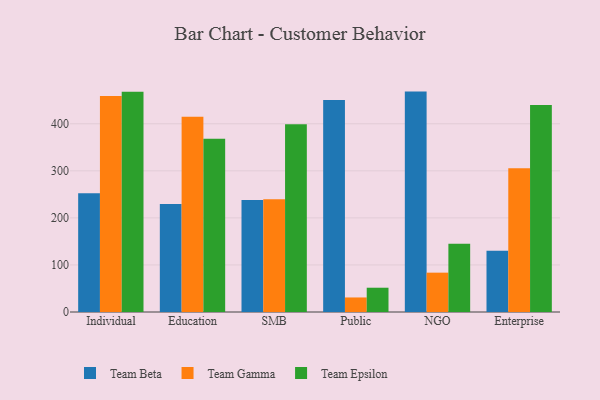
{"axis": {"x": "Segment", "y": "Backlog"}, "legend": ["Team Beta", "Team Epsilon", "Team Gamma"], "data": [{"x": "Individual", "y": 252.2, "type": "Team Beta"}, {"x": "Individual", "y": 458.9, "type": "Team Gamma"}, {"x": "Individual", "y": 467.9, "type": "Team Epsilon"}, {"x": "Education", "y": 229.3, "type": "Team Beta"}, {"x": "Education", "y": 415.1, "type": "Team Gamma"}, {"x": "Education", "y": 368.3, "type": "Team Epsilon"}, {"x": "SMB", "y": 238.2, "type": "Team Beta"}, {"x": "SMB", "y": 239.7, "type": "Team Gamma"}, {"x": "SMB", "y": 399.0, "type": "Team Epsilon"}, {"x": "Public", "y": 450.4, "type": "Team Beta"}, {"x": "Public", "y": 30.9, "type": "Team Gamma"}, {"x": "Public", "y": 51.6, "type": "Team Epsilon"}, {"x": "NGO", "y": 468.4, "type": "Team Beta"}, {"x": "NGO", "y": 83.6, "type": "Team Gamma"}, {"x": "NGO", "y": 145.2, "type": "Team Epsilon"}, {"x": "Enterprise", "y": 130.2, "type": "Team Beta"}, {"x": "Enterprise", "y": 305.6, "type": "Team Gamma"}, {"x": "Enterprise", "y": 439.8, "type": "Team Epsilon"}]}